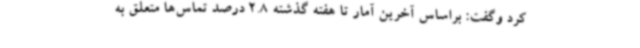
کرد وگفت: براساس آخرین آمار تا هفته گذشته 2.8 درصد تماس‌ها متعلق به